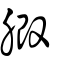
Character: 腶